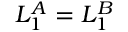
L _ { 1 } ^ { A } = L _ { 1 } ^ { B }